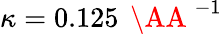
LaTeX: \kappa=0.125\, \mathrm{~\AA~}^{-1}